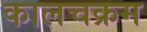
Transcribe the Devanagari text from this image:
कालचक्रम